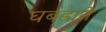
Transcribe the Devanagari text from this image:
घबडाते